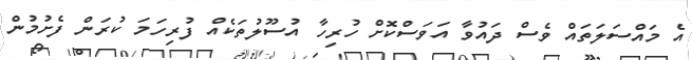
އެ މައްސަލަތައް ވެސް ދައުވާ އަވަސްކޮށް ހުރިހާ އުސޫލުތަކެއް ފުރިހަމަ ކުރަން ފެށުމުން